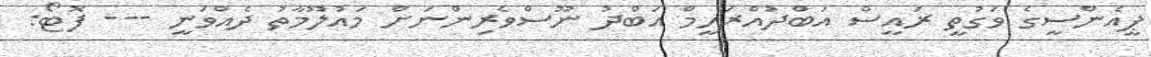
ޕީއެންސީގެ ވަގުތީ ރައީސް އަބްދުއްރަހީމް އަބްދު ނޫސްވެރިންނަށް މައުލޫމާތު ދެއްވަނީ --- ފޮޓޯ: